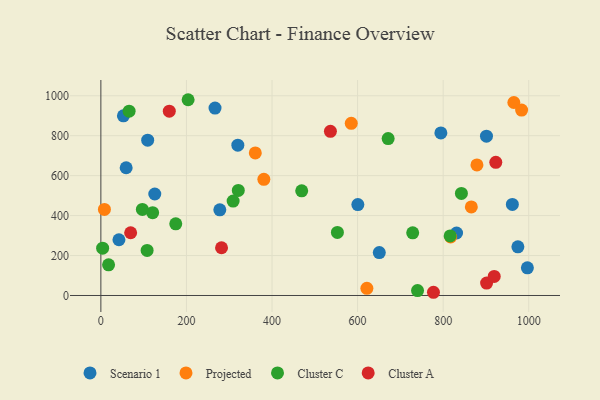
{"axis": {"x": "Engine Size", "y": "Demand"}, "legend": ["Cluster A", "Cluster C", "Projected", "Scenario 1"], "data": [{"x": "831.3", "y": 312.8, "type": "Scenario 1"}, {"x": "109.4", "y": 777.6, "type": "Scenario 1"}, {"x": "278.0", "y": 429.0, "type": "Scenario 1"}, {"x": "600.6", "y": 455.0, "type": "Scenario 1"}, {"x": "901.2", "y": 797.5, "type": "Scenario 1"}, {"x": "52.7", "y": 899.7, "type": "Scenario 1"}, {"x": "650.7", "y": 214.8, "type": "Scenario 1"}, {"x": "266.8", "y": 938.3, "type": "Scenario 1"}, {"x": "126.0", "y": 508.1, "type": "Scenario 1"}, {"x": "996.8", "y": 138.7, "type": "Scenario 1"}, {"x": "961.7", "y": 456.0, "type": "Scenario 1"}, {"x": "320.1", "y": 752.5, "type": "Scenario 1"}, {"x": "59.1", "y": 639.6, "type": "Scenario 1"}, {"x": "42.2", "y": 279.1, "type": "Scenario 1"}, {"x": "974.6", "y": 243.5, "type": "Scenario 1"}, {"x": "794.6", "y": 814.0, "type": "Scenario 1"}, {"x": "965.2", "y": 966.1, "type": "Projected"}, {"x": "621.7", "y": 35.7, "type": "Projected"}, {"x": "878.9", "y": 653.8, "type": "Projected"}, {"x": "585.2", "y": 862.1, "type": "Projected"}, {"x": "8.3", "y": 430.8, "type": "Projected"}, {"x": "865.8", "y": 443.5, "type": "Projected"}, {"x": "380.9", "y": 581.6, "type": "Projected"}, {"x": "817.5", "y": 292.9, "type": "Projected"}, {"x": "360.9", "y": 714.0, "type": "Projected"}, {"x": "983.3", "y": 928.3, "type": "Projected"}, {"x": "175.0", "y": 359.0, "type": "Cluster C"}, {"x": "97.0", "y": 430.9, "type": "Cluster C"}, {"x": "816.3", "y": 298.4, "type": "Cluster C"}, {"x": "4.1", "y": 236.8, "type": "Cluster C"}, {"x": "552.8", "y": 315.6, "type": "Cluster C"}, {"x": "740.1", "y": 24.6, "type": "Cluster C"}, {"x": "842.6", "y": 510.9, "type": "Cluster C"}, {"x": "108.1", "y": 225.5, "type": "Cluster C"}, {"x": "321.2", "y": 526.0, "type": "Cluster C"}, {"x": "309.1", "y": 472.7, "type": "Cluster C"}, {"x": "203.9", "y": 980.1, "type": "Cluster C"}, {"x": "671.4", "y": 785.4, "type": "Cluster C"}, {"x": "469.4", "y": 524.1, "type": "Cluster C"}, {"x": "18.0", "y": 153.6, "type": "Cluster C"}, {"x": "728.8", "y": 313.6, "type": "Cluster C"}, {"x": "66.0", "y": 922.7, "type": "Cluster C"}, {"x": "121.0", "y": 414.8, "type": "Cluster C"}, {"x": "159.9", "y": 922.9, "type": "Cluster A"}, {"x": "69.6", "y": 314.2, "type": "Cluster A"}, {"x": "901.5", "y": 62.3, "type": "Cluster A"}, {"x": "282.0", "y": 239.1, "type": "Cluster A"}, {"x": "777.3", "y": 16.1, "type": "Cluster A"}, {"x": "919.3", "y": 95.7, "type": "Cluster A"}, {"x": "923.0", "y": 666.9, "type": "Cluster A"}, {"x": "536.5", "y": 821.7, "type": "Cluster A"}]}